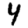
Digit: 4